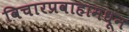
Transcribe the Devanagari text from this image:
विचारप्रवाहामधून